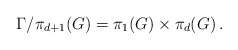
\begin{align*}\Gamma/\pi_{d+1}(G)=\pi_1(G)\times\pi_d(G)\,.\end{align*}